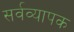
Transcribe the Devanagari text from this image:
सर्वव्‍यापक